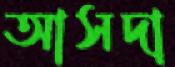
আসদা